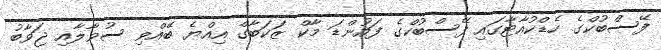
ފޭސްބުކްގެ ހެޑްކުއާޓާގައި ފޭސްބުކްގެ ފައުންޑަ މާކް ޒަކަބާގް އިއްޔެ ބޭއްވި ސުވާލާއި ޖަވާބު